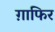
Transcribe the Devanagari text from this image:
ग़ाफिर